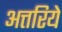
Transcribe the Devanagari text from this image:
अत्तरिये